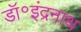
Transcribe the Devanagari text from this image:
डॉ॰इंद्रनाथ